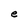
Character: e